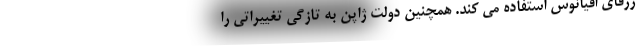
ژرفای اقیانوس استفاده می کند. همچنین دولت ژاپن به تازگی تغییراتی را